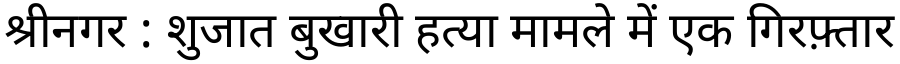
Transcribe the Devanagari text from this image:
श्रीनगर : शुजात बुखारी हत्या मामले में एक गिरफ़्तार